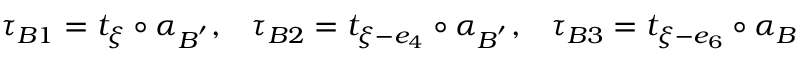
\tau _ { B 1 } = t _ { \xi } \circ \alpha _ { B ^ { ' } } , \; \; \; \tau _ { B 2 } = t _ { \xi - e _ { 4 } } \circ \alpha _ { B ^ { ' } } , \; \; \; \tau _ { B 3 } = t _ { \xi - e _ { 6 } } \circ \alpha _ { B }